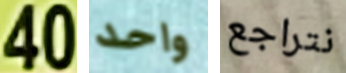
40 واحد نتراجع